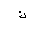
Letter: _kaf